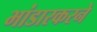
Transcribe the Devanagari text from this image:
भांडारकरने